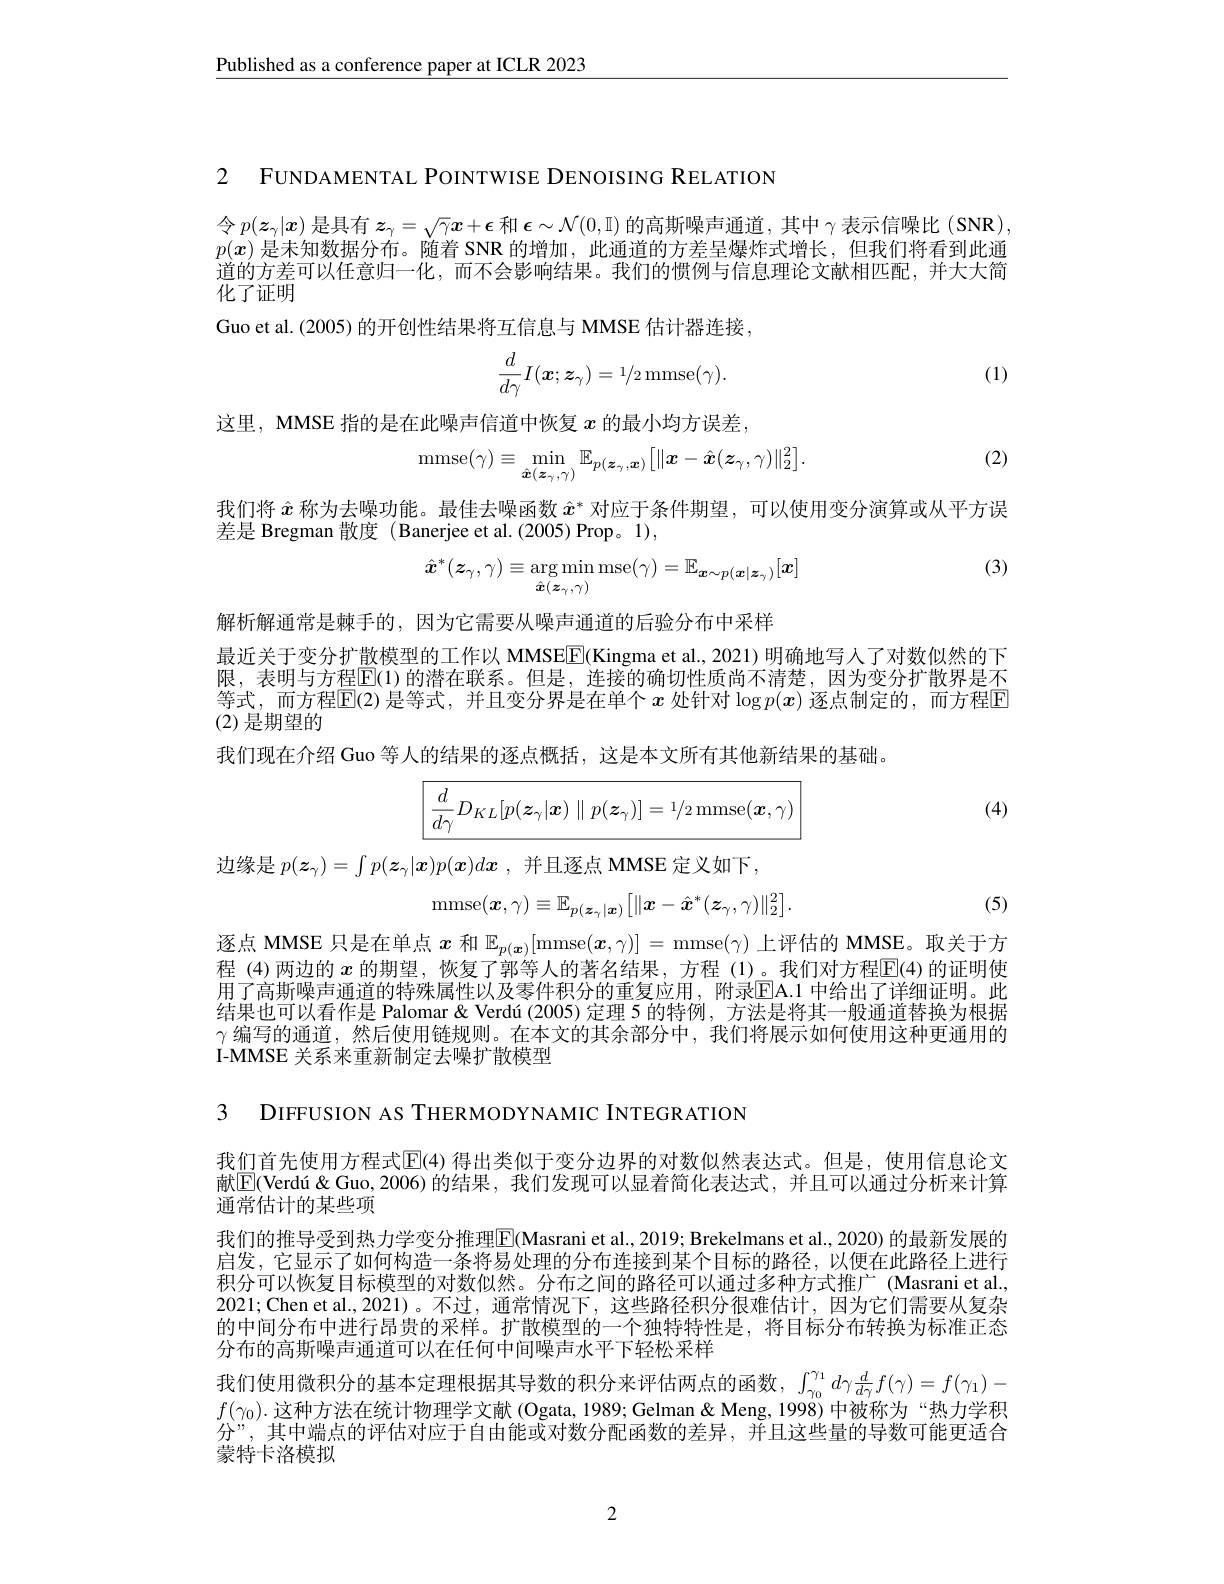
$\underline{\text{Published as a conference paper at ICLR 2023}}$

2 FUNDAMENTAL POINTWISE DENOISING RELATION

令$p(\boldsymbol{z}_\gamma|\boldsymbol{x})$是具有$\boldsymbol z_\gamma=\sqrt\gamma\boldsymbol{x}+\boldsymbol{\epsilon}$和$\boldsymbol\epsilon\sim\mathcal{N}(0,\mathbb{I})$的高斯噪声通道，其中$\gamma$表示信噪比 (SNR) $p(x)$是未知数据分布。随着 SNR 的增加，此通道的方差呈爆炸式增长，但我们将看到此通道的方差可以任意归一化，而不会影响结果。我们的惯例与信息理论文献相匹配，并大大简化了证明
Guo et al. (2005) 的开创性结果将互信息与 MMSE 估计器连接，
$$\dfrac{d}{d\gamma}I(\boldsymbol{x};\boldsymbol{z}_{\gamma})=1/2\:\mathrm{mmse}(\gamma).$$
(1)

这里，MMSE 指的是在此噪声信道中恢复$x$的最小均方误差。

(2)
$$\mathrm{mmse}(\gamma)\equiv\min_{\hat{\boldsymbol{x}}(\boldsymbol{z}_{\gamma},\gamma)}\mathbb{E}_{p(\boldsymbol{z}_{\gamma},\boldsymbol{x})}\big[\|\boldsymbol{x}-\hat{\boldsymbol{x}}(\boldsymbol{z}_{\gamma},\gamma)\|_{2}^{2}\big].$$
我们将$\hat{x}$称为去噪功能。最佳去噪函数$\hat{x}^*$对应于条件期望，可以使用变分演算或从平方误
差是 Bregman 散度 ( Banerjee et al. (2005) Prop。1),
$$\hat{\boldsymbol{x}}^{*}(\boldsymbol{z}_{\gamma},\gamma)\equiv\arg\min_{\hat{\boldsymbol{x}}(\boldsymbol{z}_{\gamma},\gamma)}\mathrm{mse}(\gamma)=\mathbb{E}_{\boldsymbol{x}\sim p(\boldsymbol{x}|\boldsymbol{z}_{\gamma})}[\boldsymbol{x}]$$
(3)

解析解通常是棘手的，因为它需要从噪声通道的后验分布中采样
最近关于变分扩散模型的工作以 MMSE$\boxed{\mathrm{F}}($Kingma et al.,2021) 明确地写人了对数似然的下限，表明与方程$\mathbb{E}(1)$ 的潜在联系。但是，连接的确切性质尚不清楚，因为变分扩散界是不等式，而方程$\mathbb{E}$(2)是等式，并且变分界是在单个 $x$ 处针对$\log p(x)$ 逐点制定的，而方程$\mathbb{E}$ (2)是期望的
我们现在介绍 Guo 等人的结果的逐点概括，这是本文所有其他新结果的基础。

(4)
$$\boxed{\frac{d}{d\gamma}D_{KL}[p(\boldsymbol{z}_{\gamma}|\boldsymbol{x})\parallel p(\boldsymbol{z}_{\gamma})]=1/2\:\mathrm{mmse}(\boldsymbol{x},\gamma)}$$
边缘是$p(\boldsymbol{z}_\gamma)=\int p(\boldsymbol{z}_\gamma|\boldsymbol{x})p(\boldsymbol{x})dx$ ,并且逐点 MMSE 定义如下。

(5)
$$\mathrm{mmse}(\boldsymbol{x},\gamma)\equiv\mathbb{E}_{p(\boldsymbol{z}_{\gamma}|\boldsymbol{x})}\big[\|\boldsymbol{x}-\hat{\boldsymbol{x}}^*(\boldsymbol{z}_{\gamma},\gamma)\|_2^2\big].$$
逐点 MMSE 只是在单点$x$和$\mathbb{E} _p( \boldsymbol{x}) [$mmse$( \boldsymbol{x}, \gamma ) ] =$ mmse$(\gamma)$上评估的 MMSE。取关于方程 (4)两边的$x$的期望，恢复了郭等人的著名结果，方程 (1)。我们对方程$\overline{\mathrm{E}}(4)$的证明使用了高斯噪声通道的特殊属性以及零件积分的重复应用，附录$\overline{\mathrm{EA.1~}}$中给出了详细证明。此结果也可以看作是 Palomar& Verdú (2005) 定理 5 的特例，方法是将其一般通道替换为根据$\gamma$编写的通道，然后使用链规则。在本文的其余部分中，我们将展示如何使用这种更通用的I-MMSE 关系来重新制定去噪扩散模型

3 DIFFUSION AS THERMODYNAMIC INTEGRATION

我们首先使用方程式$\overline{\mathbb{E}}$(4) 得出类似于变分边界的对数似然表达式。但是，使用信息论文献$\boxed{\mathrm{F} }( \text{Verd\'{u} " " " }\&$ Guo, 2006)的结果，我们发现可以显着简化表达式，并且可以通过分析来计算通常估计的某些项
我们的推导受到热力学变分推理$\overline{\mathrm{E}}($Masrani et al., 2019; Brekelmans et al., 2020) 的最新发展的启发，它显示了如何构造一条将易处理的分布连接到某个目标的路径，以便在此路径上进行积分可以恢复目标模型的对数似然。分布之间的路径可以通过多种方式推广 (Masrani et al. 2021;Chen et al.,2021)。不过，通常情况下，这些路径积分很难估计，因为它们需要从复杂的中间分布中进行昂贵的采样。扩散模型的一个独特特性是，将目标分布转换为标准正态分布的高斯噪声通道可以在任何中间噪声水平下轻松采样
我们使用微积分的基本定理根据其导数的积分来评估两点的函数，$\int_{\gamma_0}^{\gamma_1}d\gamma\frac{d}{d\gamma}f(\gamma)=f(\gamma_1)-$ $f(\gamma_0).$这种方法在统计物理学文献 (Ogata,1989;Gelman&Meng,1998)中被称为“热力学积("" 共中洲上的评估对它下白土华士马斯八面已来的关目。并口之此目的目数可能而分”。其中端点的评估对应于自由能或对数分配函数的差异。并且这些最的导数可能电话合蒙特卡洛模拟

2